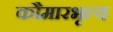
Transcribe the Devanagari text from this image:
कौमारभृत्‍य